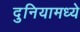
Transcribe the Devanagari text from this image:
दुनियामध्ये